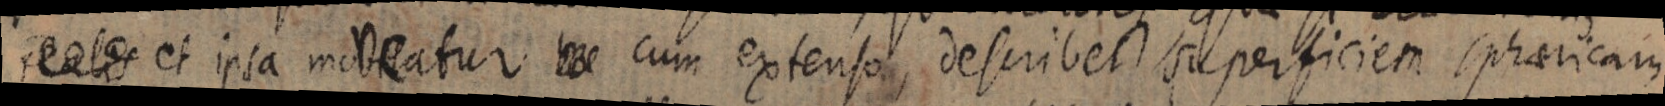
reales et ipsa modeatur cum extenso describet superficiem spharicam